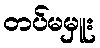
တပ်မမှူး